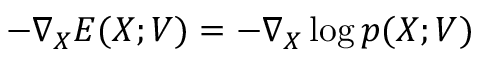
- \nabla _ { { X } } E ( { X ; { V } } ) = - \nabla _ { X } \log p ( X ; { V } )